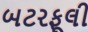
બટરફૂલી